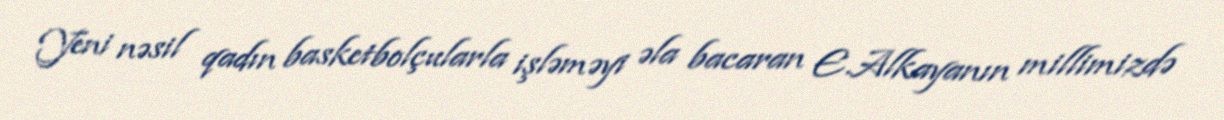
Yeni nəsil qadın basketbolçularla işləməyi əla bacaran E.Alkayanın millimizdə